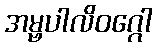
အမ္ဗပါလိဝဂ္ဂေါ